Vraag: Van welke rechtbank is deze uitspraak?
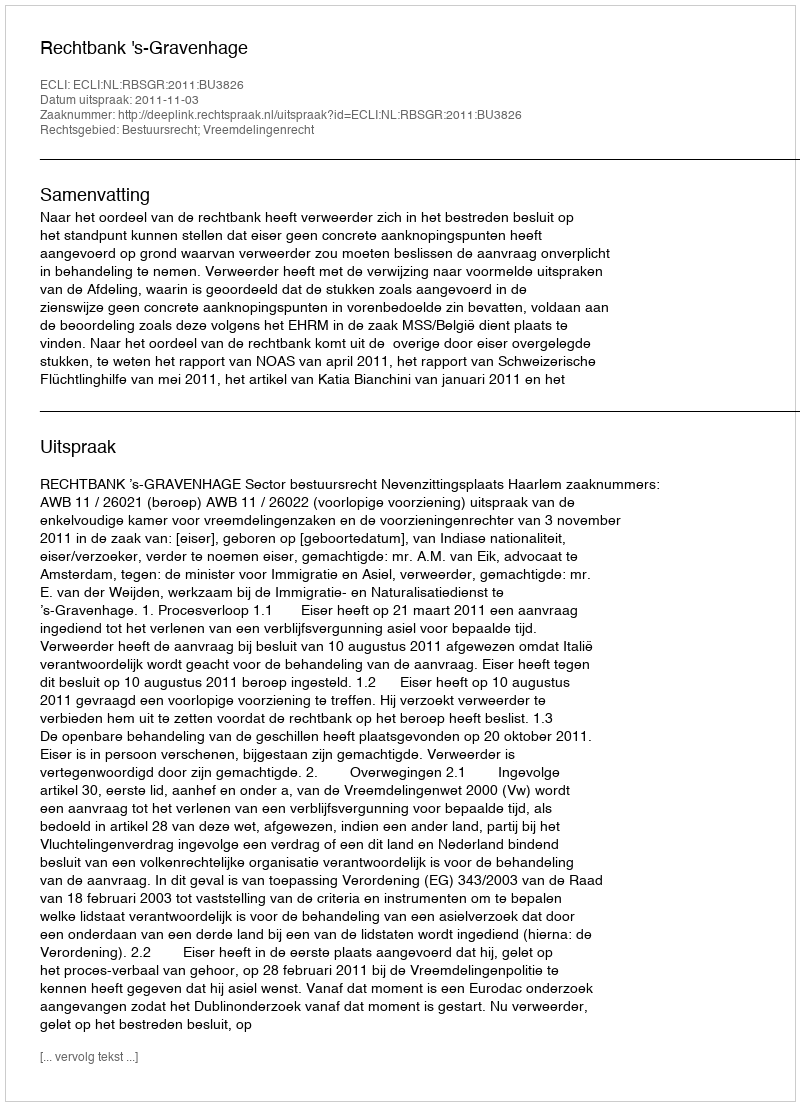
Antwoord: Rechtbank 's-Gravenhage